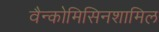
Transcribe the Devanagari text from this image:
वैन्कोमिसिनशामिल